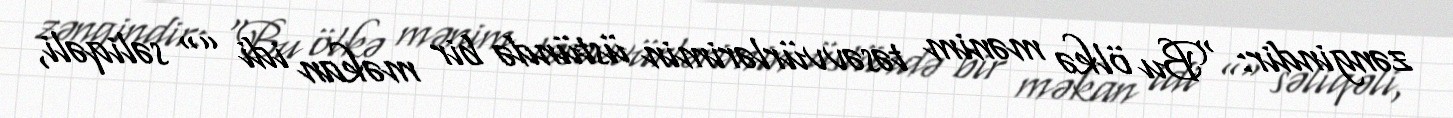
zəngindir: “Bu ölkə mənim təsəvvürlərimin üstündə bir məkan idi ”“ səliqəli,